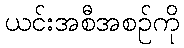
ယင်းအစီအစဉ်ကို